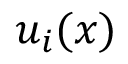
{ u } _ { i } ( \boldsymbol { x } )